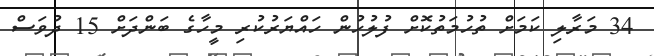
34 މަރާލި ކަމަށް ތުހުމަތުކޮށް ފުލުހުން ހައްޔަރުކުރި މީހާގެ ބަންދަށް 15 ދުވަސް